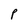
Character: P